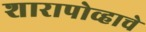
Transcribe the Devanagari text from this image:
शारापोव्हाचे